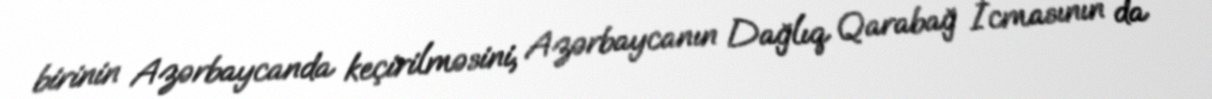
birinin Azərbaycanda keçirilməsini, Azərbaycanın Dağlıq Qarabağ İcmasının da